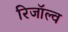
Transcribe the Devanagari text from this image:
रिजॉल्व